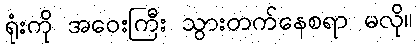
ရုံးကို အဝေးကြီး သွားတက်နေစရာ မလို။